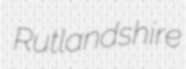
Rutlandshire